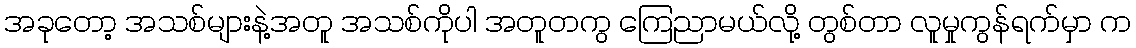
အခုတော့ အသစ်များနဲ့အတူ အသစ်ကိုပါ အတူတကွ ကြေညာမယ်လို့ တွစ်တာ လူမှုကွန်ရက်မှာ က